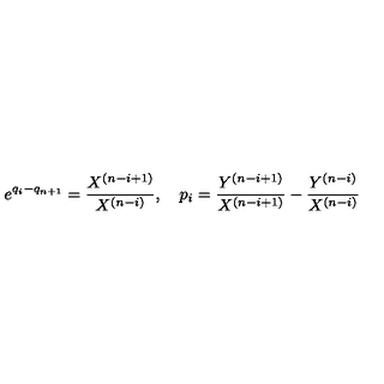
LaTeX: e ^ { q _ { i } - q _ { n + 1 } } = { \frac { X ^ { ( n - i + 1 ) } } { X ^ { ( n - i ) } } } , \quad p _ { i } = { \frac { Y ^ { ( n - i + 1 ) } } { X ^ { ( n - i + 1 ) } } } - { \frac { Y ^ { ( n - i ) } } { X ^ { ( n - i ) } } }